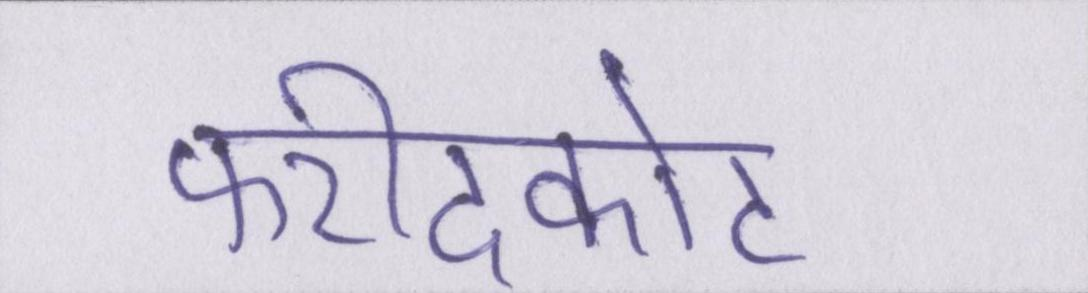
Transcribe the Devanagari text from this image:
फरीदकोट